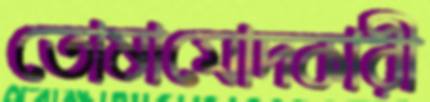
তোষামোদকারী